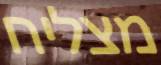
מצליח